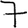
Digit: 7